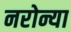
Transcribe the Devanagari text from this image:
नरोन्या